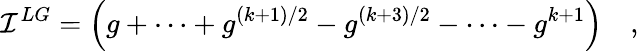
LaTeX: {\cal I}^{LG}=\left(g+\cdots+g^{(k+1)/2}-g^{(k+3)/2}-\cdots-g^{k+1}\right)\quad,